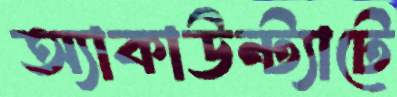
অ্যাকাউন্ট্যাটে